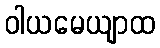
ဝါယမေယျာထ